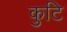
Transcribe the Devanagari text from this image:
कुटि